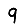
Digit: 9